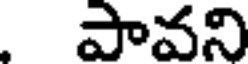
పావని